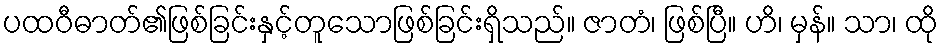
ပထဝီဓာတ်၏ဖြစ်ခြင်းနှင့်တူသောဖြစ်ခြင်းရှိသည်။ ဇာတံ၊ ဖြစ်ပြီ။ ဟိ၊ မှန်။ သာ၊ ထို